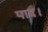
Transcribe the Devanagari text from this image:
पाद।